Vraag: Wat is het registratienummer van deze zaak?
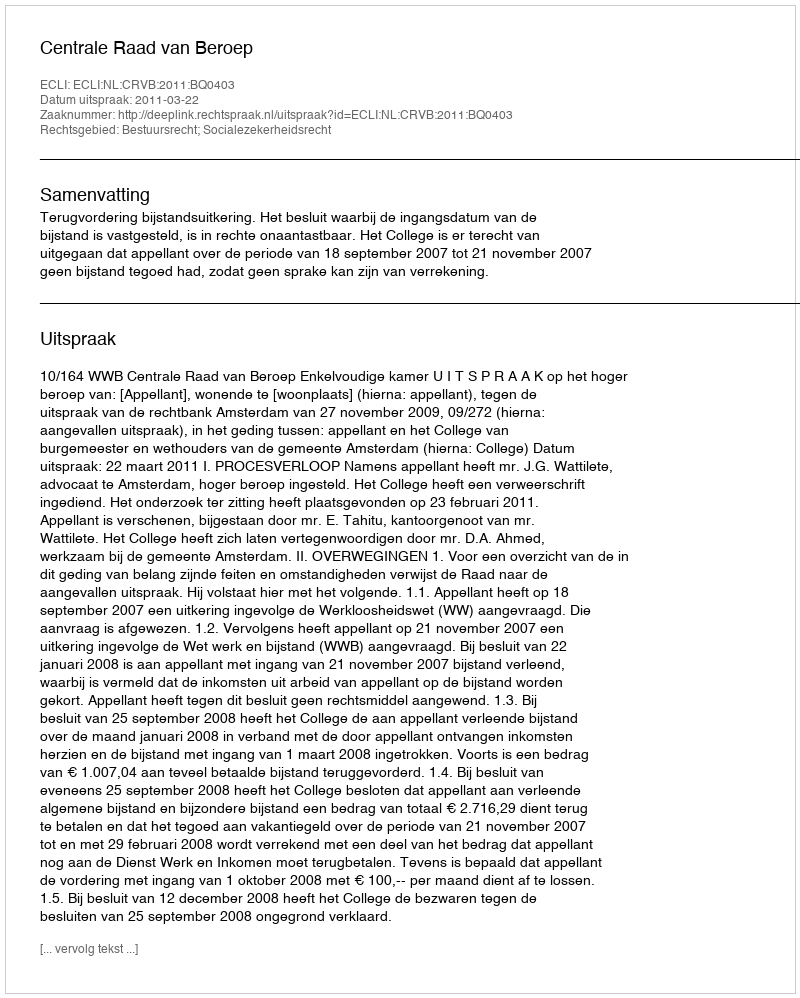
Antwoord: http://deeplink.rechtspraak.nl/uitspraak?id=ECLI:NL:CRVB:2011:BQ0403